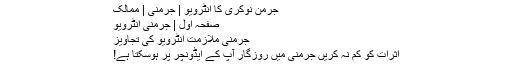
جرمن نوکری کا انٹرویو | جرمنی | ممالک
صفحہ اول | جرمنی انٹرویو
جرمنی ملازمت انٹرویو کی تجاویز
اثرات کو کم نہ کریں جرمنی میں روزگار آپ کے ایڈونچر پر ہوسکتا ہے!